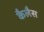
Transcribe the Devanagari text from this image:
कैलैस